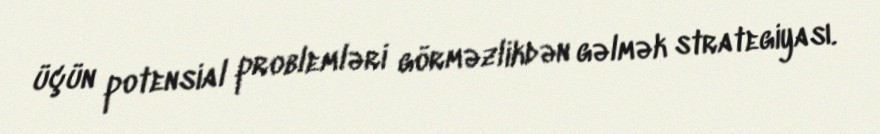
üçün potensial problemləri görməzlikdən gəlmək strategiyası.